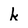
Character: k